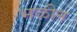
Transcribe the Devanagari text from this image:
भळीन